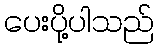
ပေးပို့ပါသည်